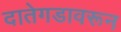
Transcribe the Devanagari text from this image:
दातेगडावरून